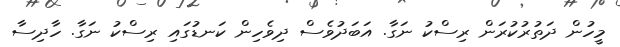
މީހުން ދަތުރުކުރަން ރިސްކު ނަގާ. އަބަދުވެސް ދިވެހިން ކަނޑުގައި ރިސްކު ނަގާ. ހާދިސާ